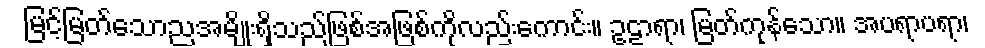
မြင့်မြတ်သောညအမျိုးရှိသည်ဖြစ်အဖြစ်ကိုလည်းကောင်း။ ဥဠာရာ၊ မြတ်ကုန်သော။ အပရာပရာ၊